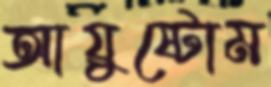
আয়ুষ্টোম